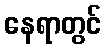
နေရာတွင်